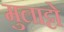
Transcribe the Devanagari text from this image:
मुलाट्टो